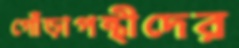
গোঁড়াপন্থীদের